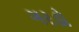
ગરડો